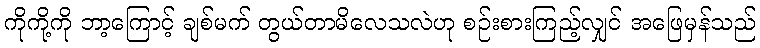
ကိုကို့ကို ဘာ့ကြောင့် ချစ်မက် တွယ်တာမိလေသလဲဟု စဉ်းစားကြည့်လျှင် အဖြေမှန်သည်